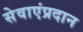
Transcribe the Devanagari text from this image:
सेवाएंप्रदान